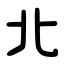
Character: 北